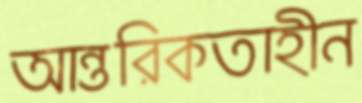
আন্তরিকতাহীন